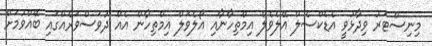
މިނިސްޓަރު ވިދާޅުވީ އެޑެކްސެލް އޭލެވެލް އިމްތިހާނާއި އޯލެވަލް އިމްތިހާން އެއް ދުވަސްވަރެއްގައި ބޭއްވުމަށް